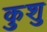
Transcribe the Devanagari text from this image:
कुशु